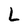
Character: L